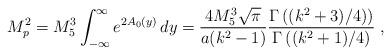
LaTeX: \begin{align*} M_p^2 = M_5^3 \int_{-\infty}^{\infty} e^{2A_0(y)}\, d y =\frac{4 M_5^3 \sqrt{\pi}}{a(k^2-1)}\frac{\Gamma\left((k^2+3)/4)\right)}{\Gamma\left((k^2+1)/4\right)} \;,\end{align*}